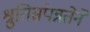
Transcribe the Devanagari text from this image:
श्रुतिसंपन्नतेने